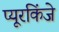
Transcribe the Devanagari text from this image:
प्यूरकिंजे